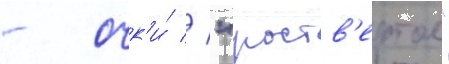
- очк'и́ // "роств'ертол"